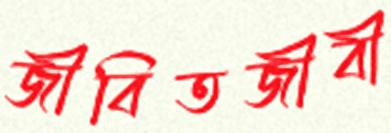
জীবিতজীবী